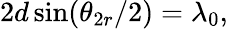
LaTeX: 2d\sin(\theta_{2r}/2)=\lambda_{0},